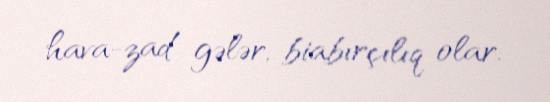
hava-zad gələr, biabırçılıq olar.